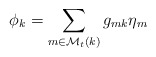
\begin{align*}\phi_k = \sum_{m \in \mathcal{M}_t(k)} g_{mk} \eta_m \;\end{align*}